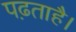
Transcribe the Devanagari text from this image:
पढ़ताहै।